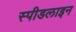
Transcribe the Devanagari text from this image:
स्पीडलाइन